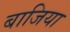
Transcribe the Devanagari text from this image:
बाजिया